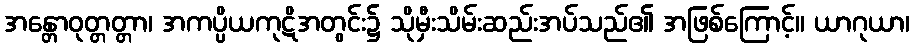
အန္တောဝုတ္တတ္တာ၊ အကပ္ပိယကုဋိအတွင်း၌ သိုမှီးသိမ်းဆည်းအပ်သည်၏ အဖြစ်ကြောင့်။ ယာဂုယာ၊